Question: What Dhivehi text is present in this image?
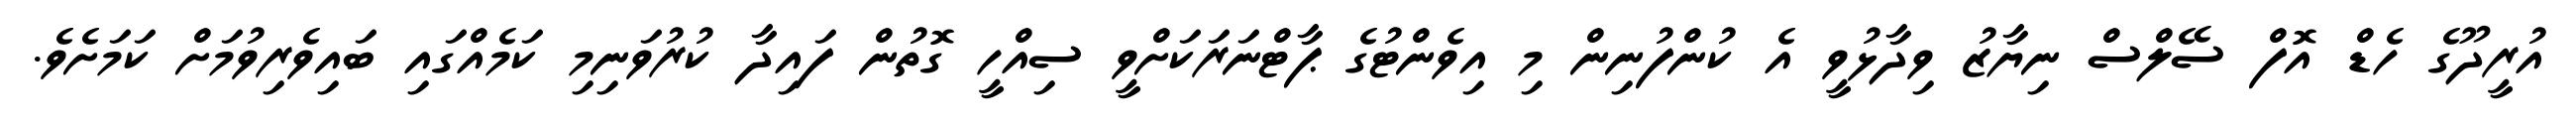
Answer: އުރީދޫގެ ހެޑް އޮފް ސޭލްސް ނިޔާޒު ވިދާޅުވީ އެ ކުންފުނިން މި އިވެންޓުގެ ޕާޓްނަރަކަށްވީ ސިއްހީ ގޮތުން ފައިދާ ކުރުވަނިމި ކަމެއްގައި ބައިވެރިވުމަށް ކަމަށެވެ.